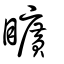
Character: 矌